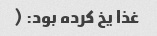
غذا یخ کرده بود: (